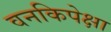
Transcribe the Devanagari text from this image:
वनकिपेक्षा